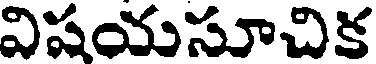
విషయసూచిక